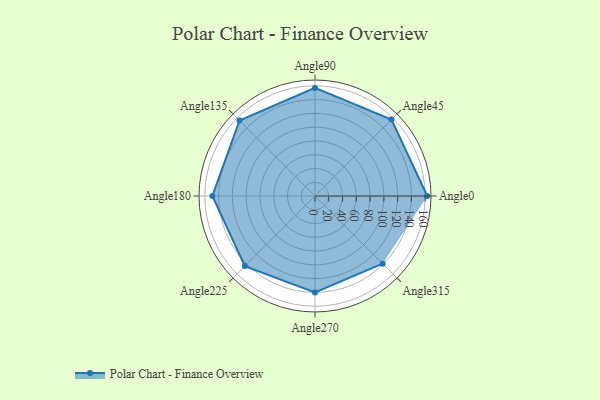
{"axis": {"x": "Angle", "y": "Radius"}, "legend": [""], "data": [{"x": "Angle0", "y": 163.0, "type": ""}, {"x": "Angle45", "y": 157.0, "type": ""}, {"x": "Angle90", "y": 157.0, "type": ""}, {"x": "Angle135", "y": 155.0, "type": ""}, {"x": "Angle180", "y": 149.0, "type": ""}, {"x": "Angle225", "y": 144.0, "type": ""}, {"x": "Angle270", "y": 140.0, "type": ""}, {"x": "Angle315", "y": 139.0, "type": ""}]}